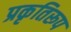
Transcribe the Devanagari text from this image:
प्रकृतिरूप